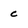
Character: c